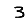
Digit: 3